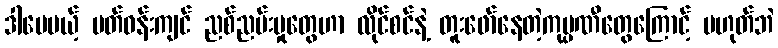
ဒါပေမယ့် ပတ်ဝန်းကျင် ညစ်ညမ်းမှုတွေဟာ လိုင်စင်နဲ့ တူးဖော်နေတဲ့ကုမ္ပဏီတွေကြောင့် မဟုတ်ဘဲ